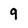
Character: 9